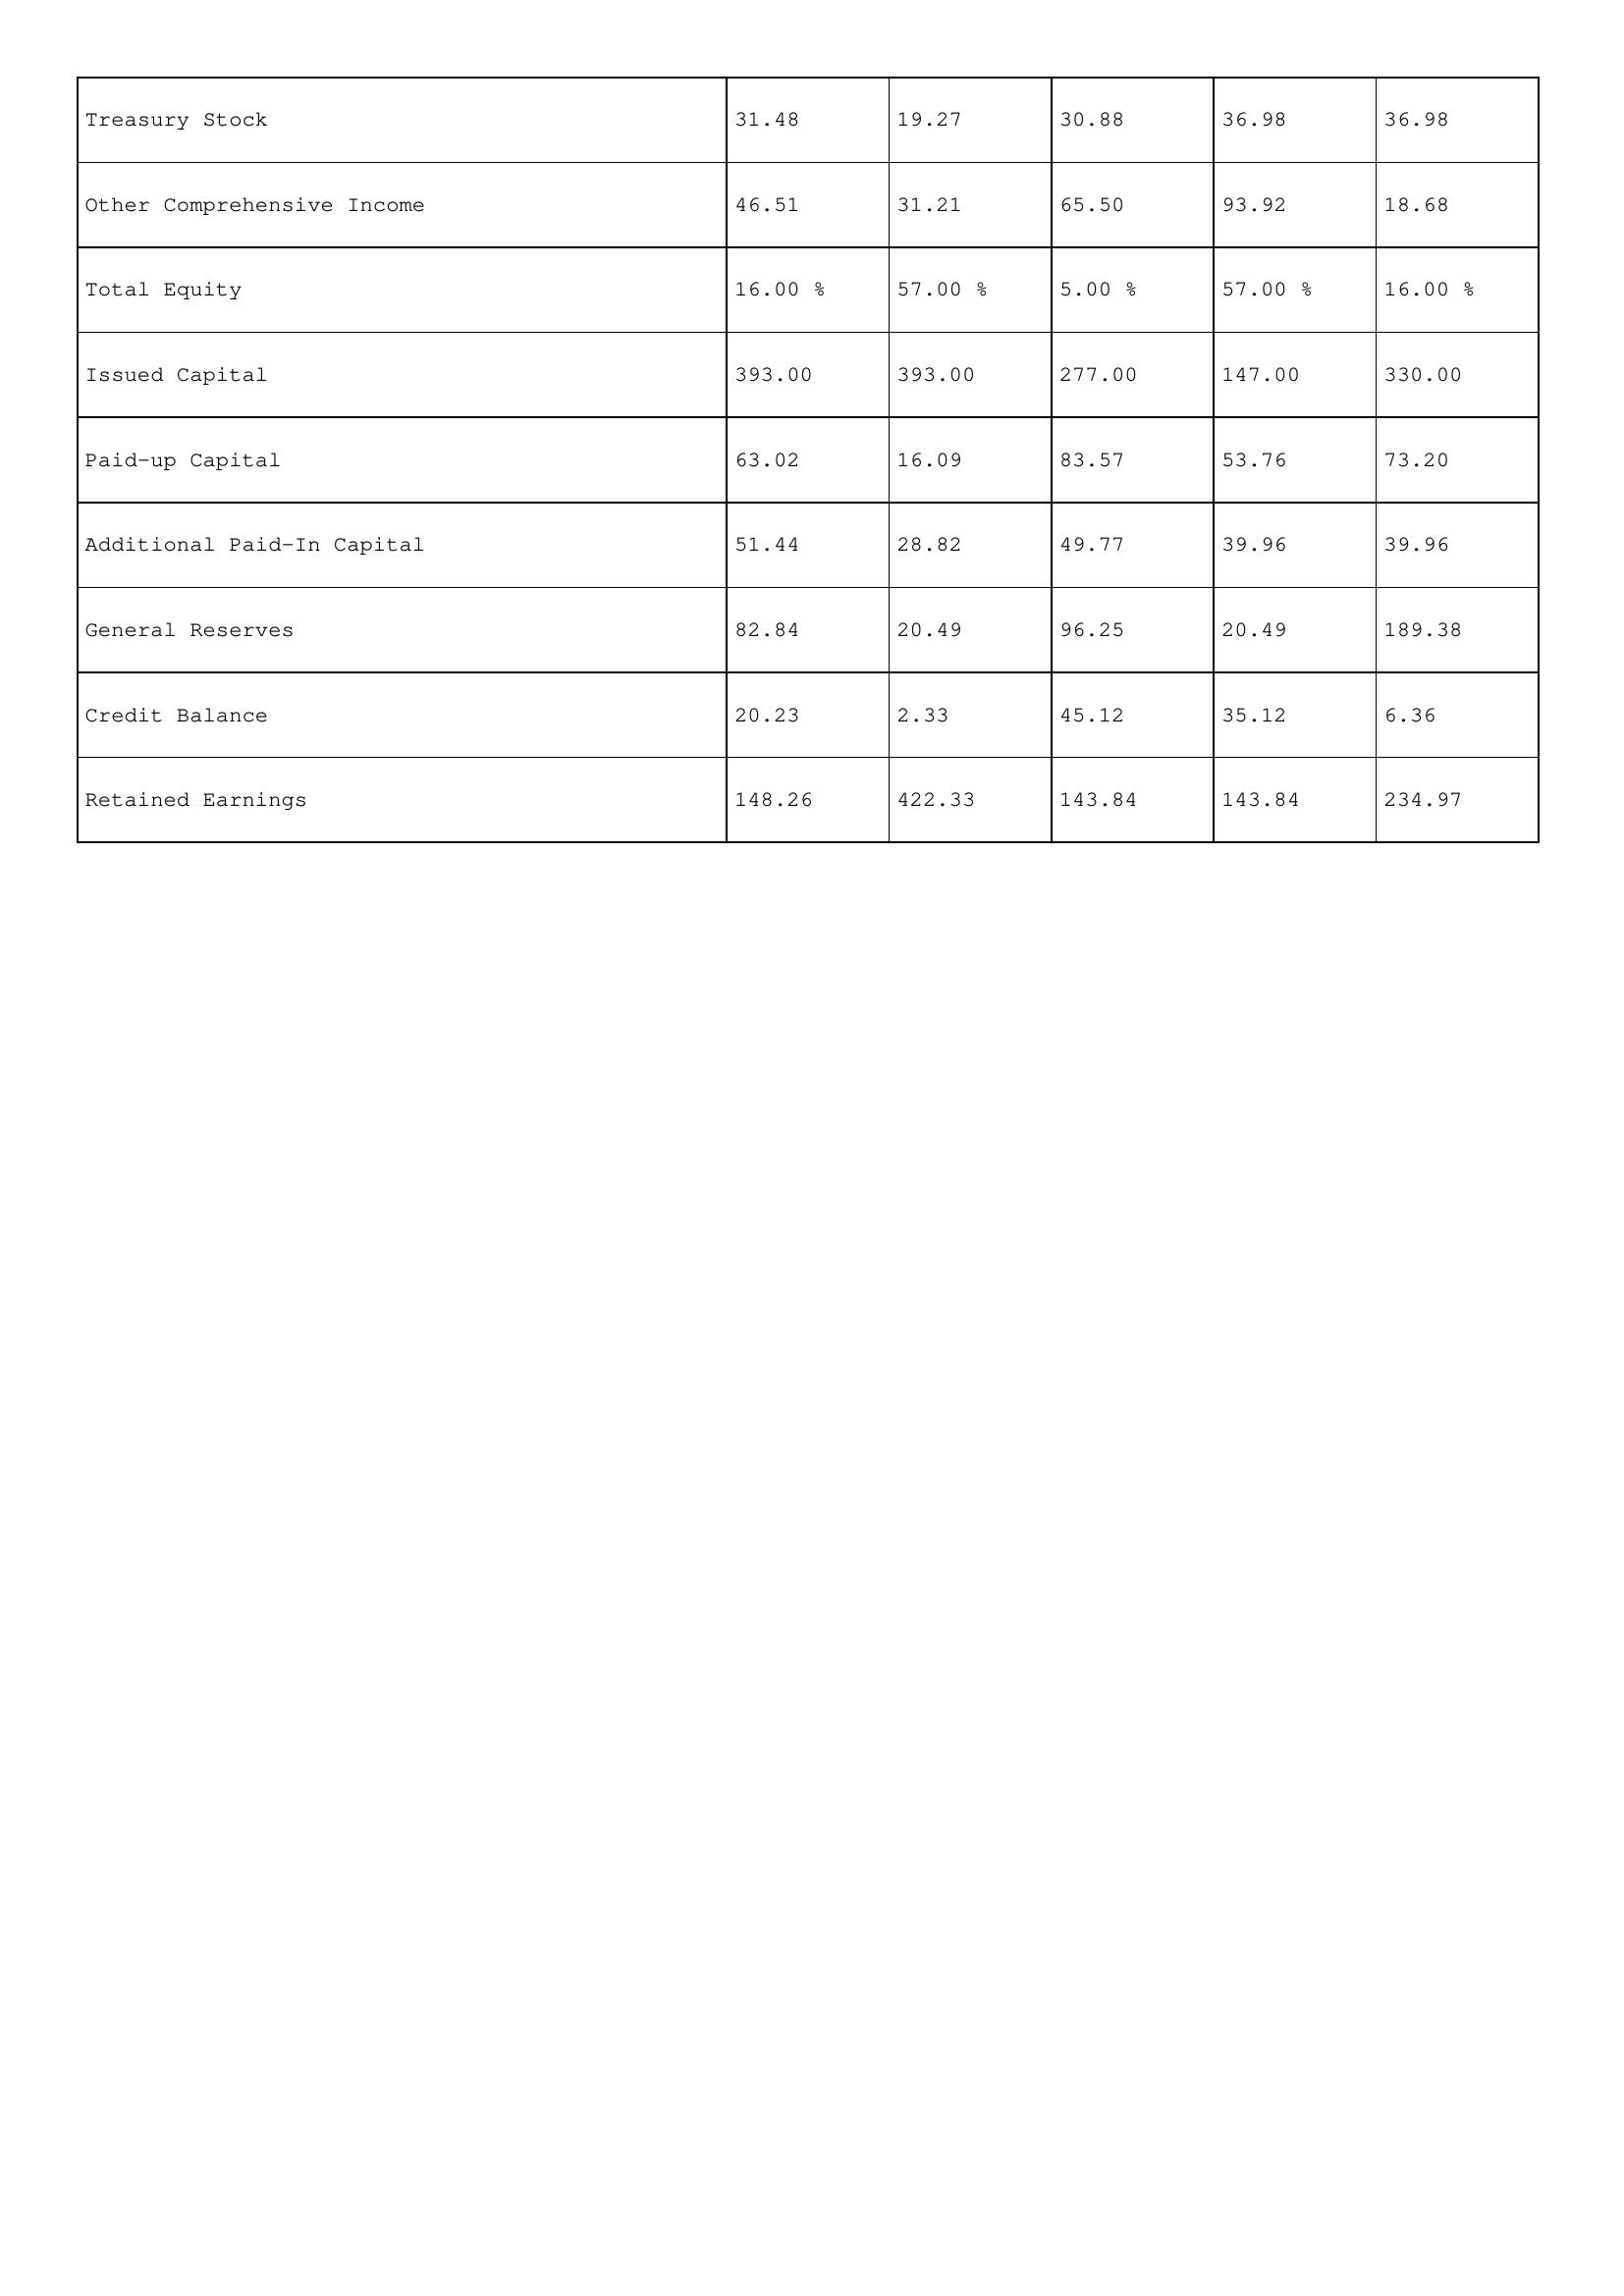
gt_parse: 1999: Treasury Stock: 31.48
Other Comprehensive Income: 46.51
Total Equity: 16.00 %
Issued Capital: 393.00
Paid-up Capital: 63.02
Additional Paid-In Capital: 51.44
General Reserves: 82.84
Credit Balance: 20.23
Retained Earnings: 148.26
1998: Treasury Stock: 19.27
Other Comprehensive Income: 31.21
Total Equity: 57.00 %
Issued Capital: 393.00
Paid-up Capital: 16.09
Additional Paid-In Capital: 28.82
General Reserves: 20.49
Credit Balance: 2.33
Retained Earnings: 422.33
1997: Treasury Stock: 30.88
Other Comprehensive Income: 65.50
Total Equity: 5.00 %
Issued Capital: 277.00
Paid-up Capital: 83.57
Additional Paid-In Capital: 49.77
General Reserves: 96.25
Credit Balance: 45.12
Retained Earnings: 143.84
1996: Treasury Stock: 36.98
Other Comprehensive Income: 93.92
Total Equity: 57.00 %
Issued Capital: 147.00
Paid-up Capital: 53.76
Additional Paid-In Capital: 39.96
General Reserves: 20.49
Credit Balance: 35.12
Retained Earnings: 143.84
1995: Treasury Stock: 36.98
Other Comprehensive Income: 18.68
Total Equity: 16.00 %
Issued Capital: 330.00
Paid-up Capital: 73.20
Additional Paid-In Capital: 39.96
General Reserves: 189.38
Credit Balance: 6.36
Retained Earnings: 234.97